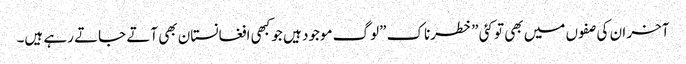
آخر ان کی صفوں میں بھی تو کئی \”خطرناک \”لوگ موجود ہیں جو کبھی افغانستان بھی آتے جاتے رہے ہیں۔